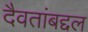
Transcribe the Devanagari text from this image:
दैवतांबद्दल